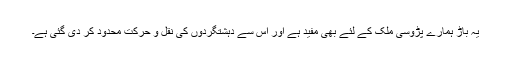
یہ باڑ ہمارے پڑوسی ملک کے لئے بھی مفید ہے اور اس سے دہشتگردوں کی نقل و حرکت محدود کر دی گئی ہے۔